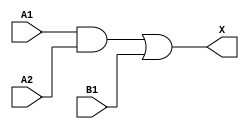
module sky130_fd_sc_hd__a21o_6 (
    X ,
    A1,
    A2,
    B1
);
    output X ;
    input  A1;
    input  A2;
    input  B1;
    wire and0_out ;
    wire or0_out_X;
    and and0 (and0_out , A1, A2         );
    or  or0  (or0_out_X, and0_out, B1   );
    buf buf0 (X        , or0_out_X      );
endmodule